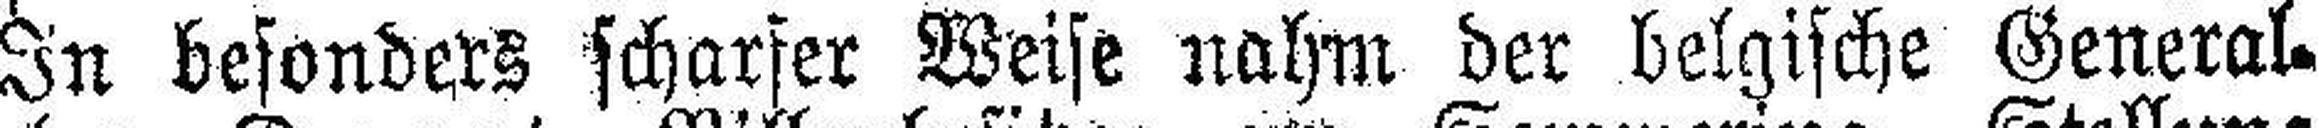
In besonders scharfer Weise nahm der belgische General¬